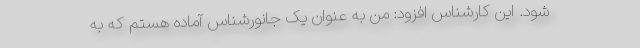
شود. این کارشناس افزود: من به عنوان یک جانورشناس آماده هستم که به